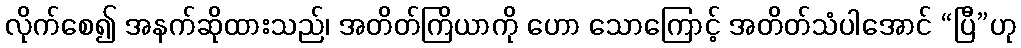
လိုက်စေ၍ အနက်ဆိုထားသည်၊ အတိတ်ကြိယာကို ဟော သောကြောင့် အတိတ်သံပါအောင် “ပြီ”ဟု